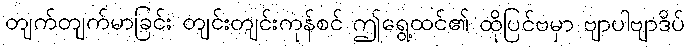
တျက်တျက်မာခြင်း တျင်းတျင်းကုန်စင် ဤရွေ့ထင်၏ ထိုပြင်ဗမှာ ဗျာပါဗျာဒိပ်